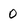
Character: 0